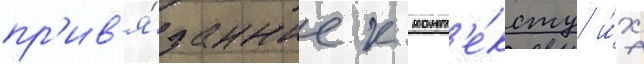
пр'ив'я́занные к конт'е́ксту и́х